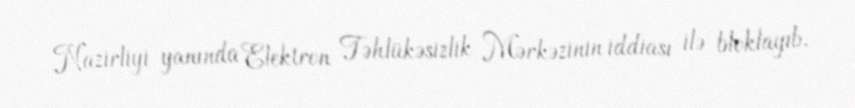
Nazirliyi yanında Elektron Təhlükəsizlik Mərkəzinin iddiası ilə bloklayıb.